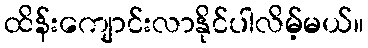
ထိန်းကျောင်းလာနိုင်ပါလိမ့်မယ်။